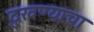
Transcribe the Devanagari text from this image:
दुखण्याचा